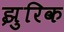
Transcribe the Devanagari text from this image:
झुरिक